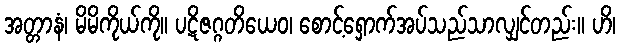
အတ္တာနံ၊ မိမိကိုယ်ကို။ ပဋိဇဂ္ဂတိယေဝ၊ စောင့်ရှောက်အပ်သည်သာလျှင်တည်း။ ဟိ၊